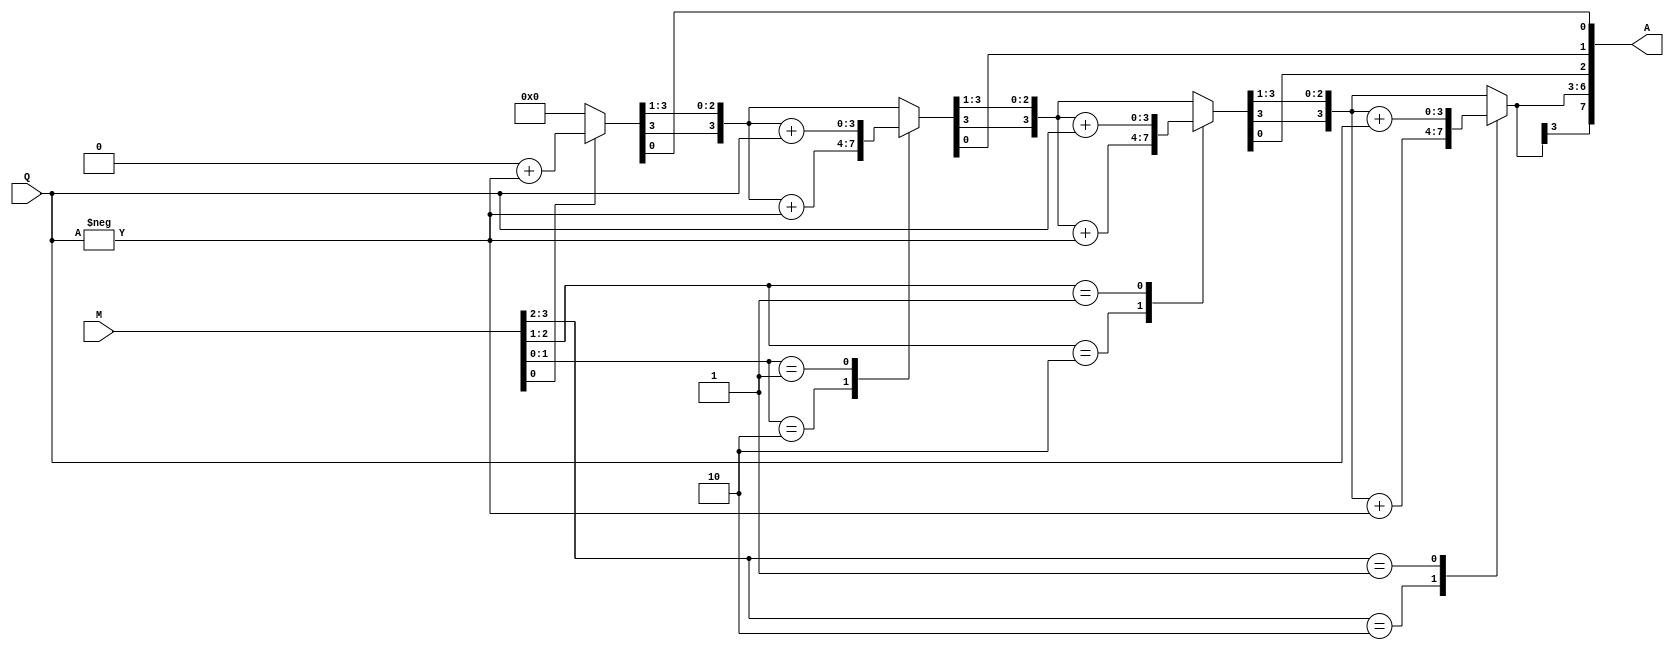
module BoothMultiplier(A,M,Q);
output reg signed [7:0] A;
input signed [3:0] M,Q;
reg [1:0] temp;
integer i;
reg Q1;
reg [3:0] Q2;
always @(M,Q)
	begin
		A = 8'b0; Q1 = 1'b0; Q2 = -Q;
		for(i=0;i<4;i=i+1)
		begin
		temp = {M[i],Q1};
      case(temp)
        2'd2 : A[7:4] = A[7:4] + Q2;
        2'd1 : A[7:4] = A[7:4] + Q;
      endcase
      A = A>>1;
      A[7] = A[6];
      Q1=M[i];
    end
   end
endmodule